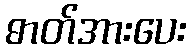
ဓာတ်အားပေး